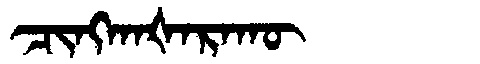
Manchu: ᠴᡳᠩᡴᠠᡧᠠᡵᠠᡴᡡ
Romanization: CINGKAŠARAKŪ